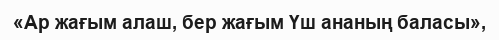
«Ар жағым алаш, бер жағым Үш ананың баласы»,